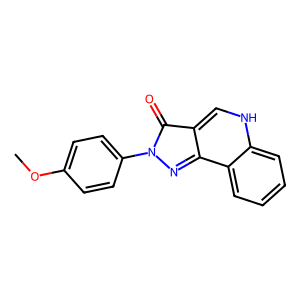
SMILES: COc1ccc(-n2nc3c4ccccc4[nH]cc-3c2=O)cc1
Inhibits HIV replication: No